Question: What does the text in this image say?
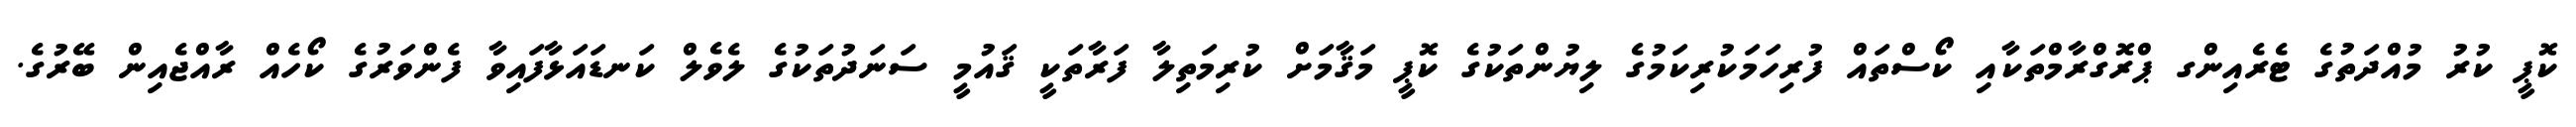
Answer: ކޮޕީ ކުރު މުއްދަތުގެ ޓެރެއިންގ ޕްރޮގްރާމްތަކާއި ކޯސްތައް ފުރިހަމަކުރިކަމުގެ ލިޔުންތަކުގެ ކޮޕީ މަޤާމަށް ކުރިމަތިލާ ފަރާތަކީ ޤައުމީ ސަނަދުތަކުގެ ލެވެލް ކަނޑައަޅާފައިވާ ފެންވަރުގެ ކޯހެއް ރާއްޖެއިން ބޭރުގެ.